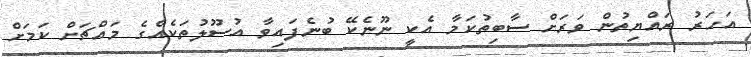
އަހަރު ރައްޔިތުން ވަރަށް ސާބިތުކަމާ އެކީ ނޫނެކޭ ބުނެފައިވާ އުސޫލުތަކެއްގެ މައްޗަށް ކަމަށް